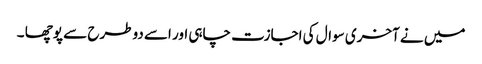
میں نے آخری سوال کی اجازت چاہی اور اسے دوطرح سے پوچھا ۔